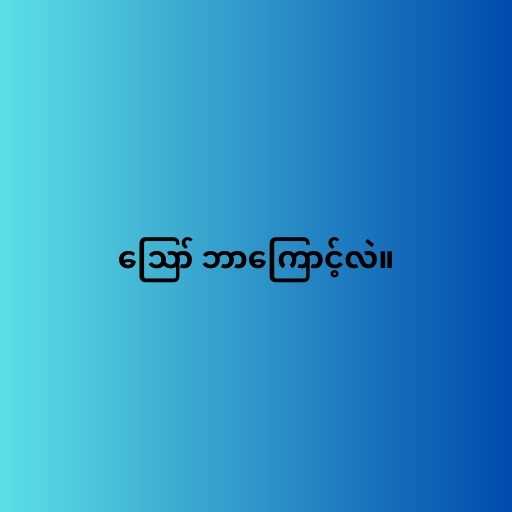
ဪ ဘာကြောင့်လဲ။